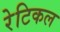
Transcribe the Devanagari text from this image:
रेटिकल